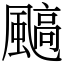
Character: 䬘